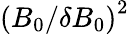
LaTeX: \left({B_{0}}/{\delta B_{0}}\right)^{2}